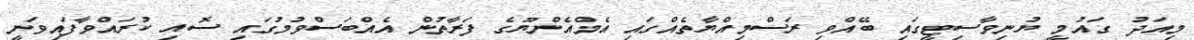
މިއަދު ގައުމީ ޔުނިވާސިޓީގައި ބޭއްވި ރަސްމިއްޔާތެއްގައި އެމްއެންޔޫގެ ފަރާތުން އެއްބަސްވުމުގައި ސޮއި ކުރައްވާފައިވަނީ